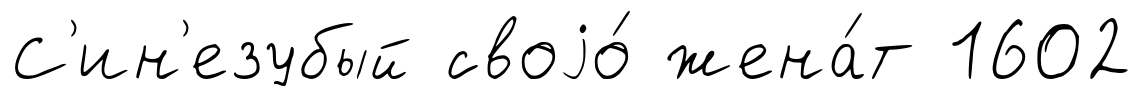
С'ин'езубый своjо́ жена́т 1602